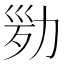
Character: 𠡢